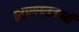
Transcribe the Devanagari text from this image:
शास्त्रवचनों